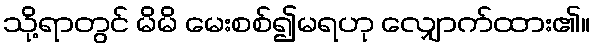
သို့ရာတွင် မိမိ မေးစစ်၍မရဟု လျှောက်ထား၏။